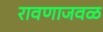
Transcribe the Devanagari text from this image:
रावणाजवळ